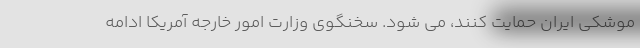
موشکی ایران حمایت کنند، می شود. سخنگوی وزارت امور خارجه آمریکا ادامه